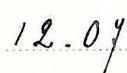
12.07